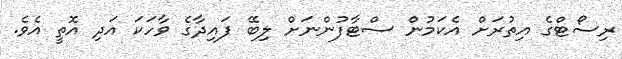
ރިސޯޓްގެ އިތުރަށް އެކަމުން ސްޓާފުންނަށް ލިބޭ ފައިދާގެ ވާހަކަ އަދި އޮތީ އެވެ.